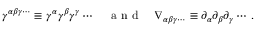
\gamma ^ { \alpha \beta \gamma \cdots } \equiv \gamma ^ { \alpha } \gamma ^ { \beta } \gamma ^ { \gamma } \cdots \quad \mathrm { ~ a ~ n ~ d ~ } \quad \nabla _ { \alpha \beta \gamma \cdots } \equiv \partial _ { \alpha } \partial _ { \beta } \partial _ { \gamma } \cdots \, .